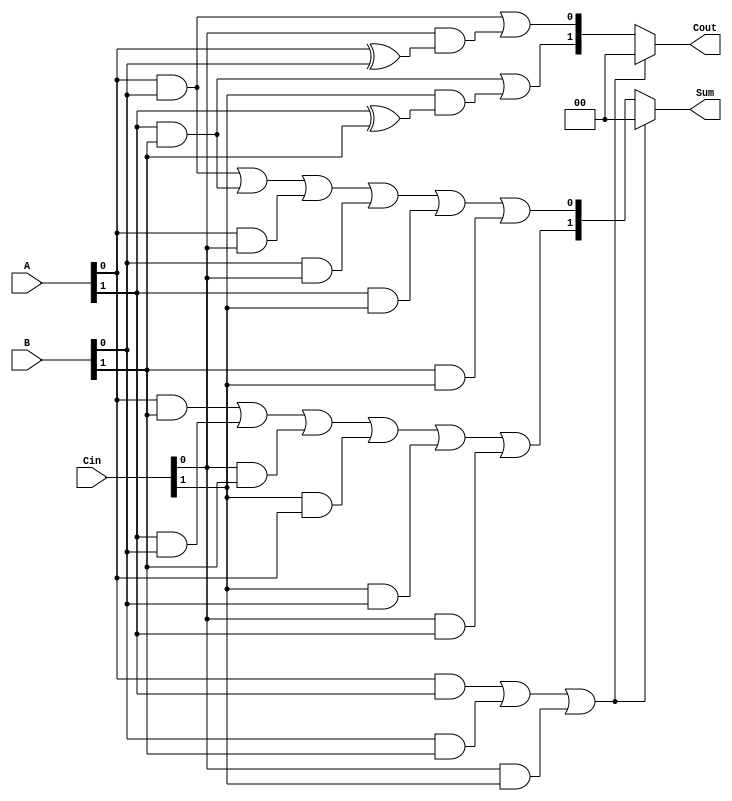
module dual_rail_full_adder (
    input  wire [1:0] A,     // Dual-rail representation of first input
    input  wire [1:0] B,     // Dual-rail representation of second input
    input  wire [1:0] Cin,   // Dual-rail representation of carry-in
    output reg  [1:0] Sum,    // Dual-rail representation of sum output
    output reg  [1:0] Cout    // Dual-rail representation of carry output
);

    // Internal signals for intermediate calculations
    wire A0, A1, B0, B1, Cin0, Cin1;
    wire S0, S1, C0, C1;

    // Assigning inputs to individual signals
    assign A0 = A[0];
    assign A1 = A[1];
    assign B0 = B[0];
    assign B1 = B[1];
    assign Cin0 = Cin[0];
    assign Cin1 = Cin[1];

    // Validity check for dual-rail inputs
    always @(*) begin
        // Check for valid inputs
        if ((A0 && A1) || (B0 && B1) || (Cin0 && Cin1)) begin
            // Invalid state, set outputs to 0
            Sum = 2'b00;
            Cout = 2'b00;
        end else begin
            // Calculate sum using XOR
            S0 = (A0 & B0) | (A1 & B1) | (A0 & Cin0) | (B0 & Cin0) | (A1 & Cin1) | (B1 & Cin1);
            S1 = (A0 & B1) | (A1 & B0) | (Cin0 & B1) | (Cin1 & A0) | (Cin1 & B0) | (Cin0 & A1);

            // Calculate carry out
            C0 = (A0 & B0) | (Cin0 & (A0 ^ B0));
            C1 = (A1 & B1) | (Cin1 & (A1 ^ B1));

            // Assign outputs based on calculated values
            Sum = {S1, S0}; // Assigning sum outputs
            Cout = {C1, C0}; // Assigning carry outputs
        end
    end

endmodule